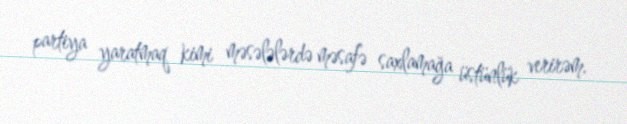
partiya yaratmaq kimi məsələlərdə məsafə saxlamağa üstünlük verirəm.